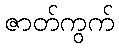
ဇာတ်ကွက်